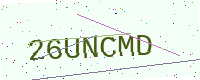
Text: 26UNCMD